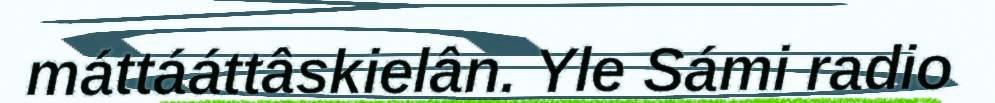
máttááttâskielân. Yle Sámi radio